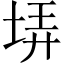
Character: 𡋱